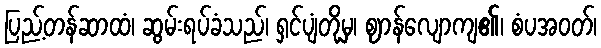
ပြည့်တန်ဆာထံ၊ ဆွမ်းရပ်ခံသည်၊ ရှင်ပျံတို့မှ၊ ဈာန်လျောကျ၏၊ စံပအဝတ်၊